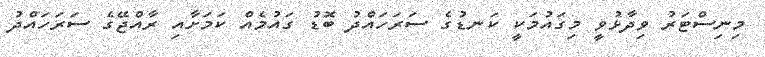
މިނިސްޓަރު ވިދާޅުވީ މިގައުމަކީ ކަނޑުގެ ސަރަހައްދު ބޮޑު ގައުމެއް ކަމަށާއި ރާއްޖޭގެ ސަރަހައްދު